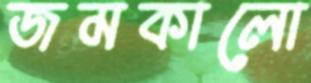
জমকালো